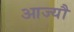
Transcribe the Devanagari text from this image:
आज्यौ